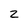
Character: z